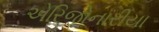
એરિજોનારીયા